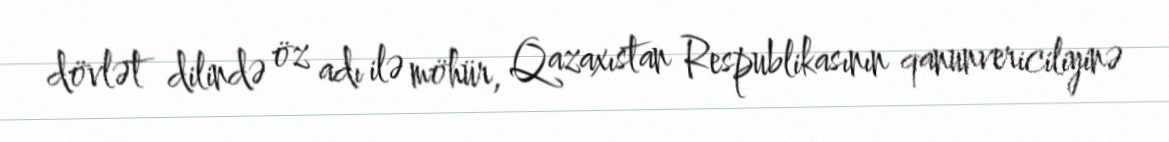
dövlət dilində öz adı ilə möhür, Qazaxıstan Respublikasının qanunvericiliyinə